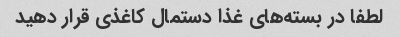
لطفا در بسته‌های غذا دستمال کاغذی قرار دهید